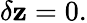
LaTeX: \delta\mathbf{z}=0.